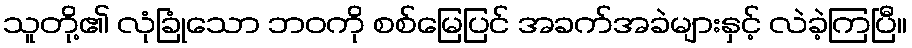
သူတို့၏ လုံခြုံသော ဘဝကို စစ်မြေပြင် အခက်အခဲများနှင့် လဲခဲ့ကြပြီ။